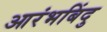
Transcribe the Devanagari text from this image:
आरंभबिंदु